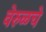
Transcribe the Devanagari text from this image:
वेरुळचे